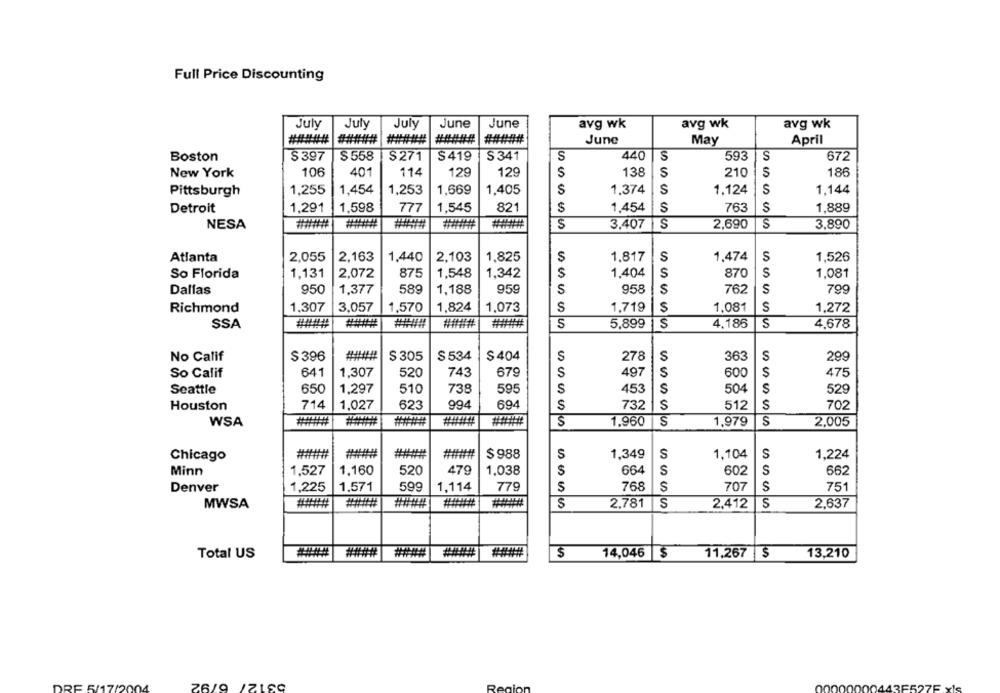
Full Price Discounting
July
July
July
June
June
avg wk
avg wk
avg wk
#####
#####
#######
#####
June
May
April
Boston
$ 397
$ 558
S271
$419
$ 341
S
440
S
593
S
672
106
401
114
129
129
138
210
S
186
New York
$
Pittsburgh
1,255
1,454
1,253
1,669
1,405
$
1,374
S
1.124
S
1.144
1,291
1,598
777
1,545
821
$
1,454
$
763
S
1,889
Detroit
NESA
$
3,407
S
2,690
S
3,890
Atlanta
2,055
2,163
1,825
$
S
1,474
S
1,526
1,440
2,103
1,817
So Florida
1,131
2,072
875
1,548
1,342
$
1.404
S
870
S
1,081
Dallas
950
1,377
589
1,188
959
S
958
S
762
S
799
Richmond
1,307
3,057
1,570
1,824
1.073
S
1,719
S
1,081
S
1.272
SSA
#####
######
S
5,899
$
4.186
S
4,678
No Calif
$ 396
$ 305
$ 534
$404
S
278
S
363
S
299
So Calif
641
1,307
520
743
679
S
497
S
600
S
475
1,297
S
S
Seattle
650
510
738
595
S
453
504
529
Houston
714
1,027
623
994
694
S
732
S
512
S
702
WSA
######
S
1.960
S
1,979
S
2,005
Chicago
#####
######
$988
S
1,349
S
1,104
S
1,224
1,527
1,160
520
479
1.038
$
664
S
602
S
662
Minn
Denver
1,225
1.571
599
1.114
779
$
768
S
707
S
751
MWSA
S
2.781
S
2,412 S
2,637
Total US
####
$
14,046 $
11,267 $
13,210
53127
DRE 5/17/200
26/9